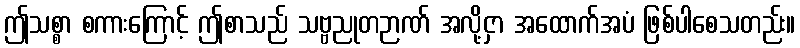
ဤသစ္စာ စကားကြောင့် ဤစာသည် သဗ္ဗညုတဉာဏ် အလို့ငှာ အထောက်အပံ ဖြစ်ပါစေသတည်း။